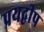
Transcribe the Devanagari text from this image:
प्रयद्वीप